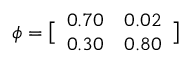
\boldsymbol { \phi } = \bigl [ \begin{array} { l l } { 0 . 7 0 } & { 0 . 0 2 } \\ { 0 . 3 0 } & { 0 . 8 0 } \end{array} \bigr ]